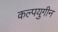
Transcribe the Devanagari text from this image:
कल्पयुगीन